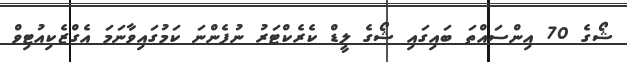
ޝޯގެ 70 އިންސައްތަ ބައިގައި ޝޯގެ ލީޑް ކެރެކްޓަރު ނުފެންނަ ކަމުގައިވާނަމަ އެގްޒެކިއުޓިވް